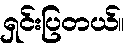
ရှင်းပြတယ်။